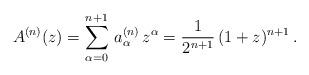
LaTeX: \begin{align*}A^{(n)}(z)=\sum_{\alpha=0}^{n+1} \, a_\alpha^{(n)}\, z^\alpha = \frac 1 {2^{n+1}} \, (1+z)^{n+1}\,.\end{align*}